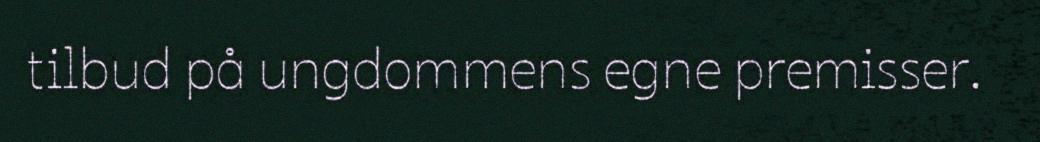
tilbud på ungdommens egne premisser.